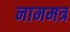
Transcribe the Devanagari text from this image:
नाममत्र